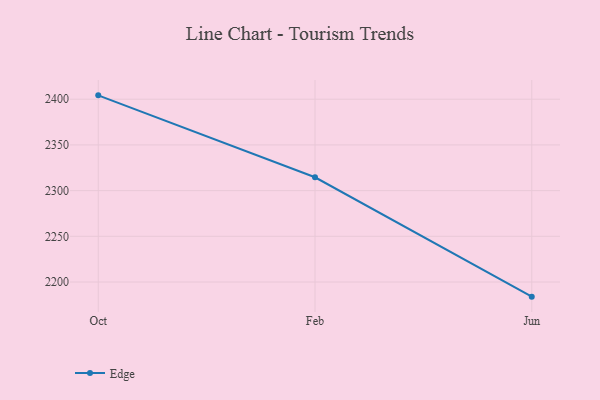
{"axis": {"x": "Month", "y": "Demand Index"}, "legend": ["Edge"], "data": [{"x": "Oct", "y": 2404.2, "type": "Edge"}, {"x": "Feb", "y": 2314.6, "type": "Edge"}, {"x": "Jun", "y": 2184.0, "type": "Edge"}]}